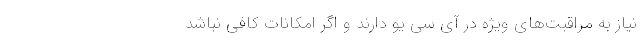
نیاز به مراقبت‌های ویژه در آی سی یو دارند و اگر امکانات کافی نباشد